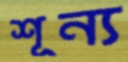
শূন্য